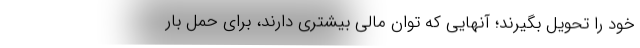
خود را تحويل بگيرند؛ آنهايي كه توان مالي بيشتري دارند، براي حمل بار